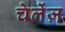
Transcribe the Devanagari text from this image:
चेलेंज़